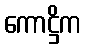
ကောဋ္ဌိက